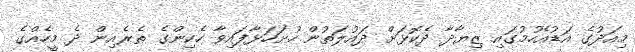
މިއަދުގެ އަޑުއެހުމުގައި ޒިޔާދާ ދެކޮޅަށް ދައުލަތުން ހުށަހަޅާފައިވާ ހެކިންގެ ތެރެއިން ދެ މީހެއްގެ